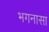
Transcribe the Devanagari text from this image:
भगनासा